Annual report on the Civil Veterinary Department, Burma (including the Insein Veterinary School) - 1923-1931
Year: 1923
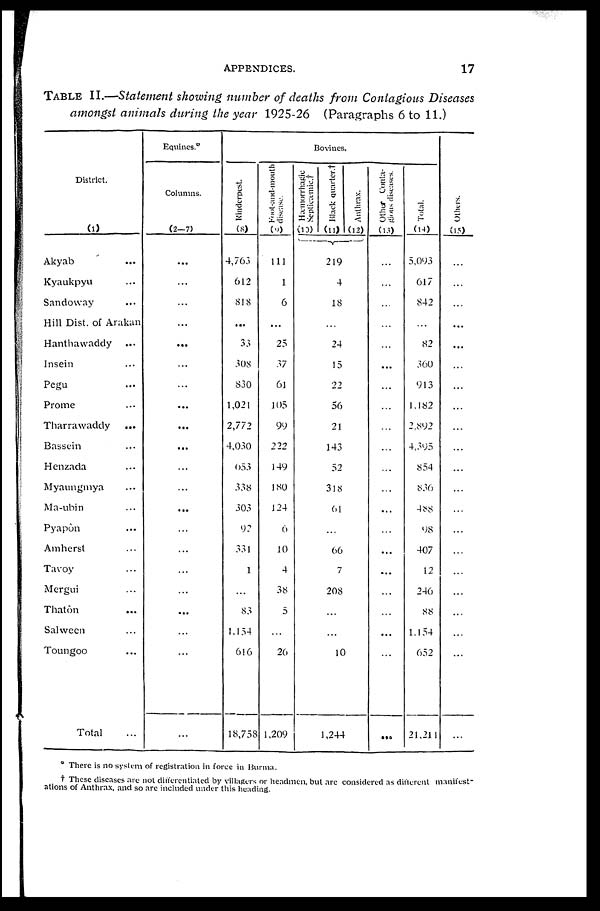
APPENDICES.
17
TABLE II.—Statement showing number of deaths from Contagious Diseases
amongst animals during the year 1925-26 (Paragraphs 6 to 11.)
District.
(1)
Akyab ...
Kyaukpyu ...
Sandoway ...
Hill Dist. of Arakan
Hanthawaddy ...
Insein ...
Pegu ...
Prome ...
Tharrawaddy
...
Bassein ...
Henzada ...
Myaungmya ...
Ma-ubin ...
Pyapôn ...
Amherst ...
Tavoy ...
Mergui ...
Thatôn ...
Salween ...
Toungoo ...
Total ...
Equines.
Columns.
(2—7)
...
...
...
...
...
...
...
...
...
...
...
...
...
...
...
...
...
...
...
...
...
Bovines.
Rinderpest.
(8)
4,763
612
818
...
33
308
830
1,021
2,772
4,030
653
338
303
92
331
1
...
83
1,154
616
18,758
disease.
(9)
111
1
6
...
25
37
61
105
99
222
149
180
124
6
10
4
38
5
...
26
1,209
Hæmorrhagic
Septicæmic.†
(10)
Black quarter.†
(11)
219
4
18
...
24
15
22
56
21
143
52
318
61
...
66
7
208
...
...
10
1,244
Anthrax.
(12)
Other Conta-
gious diseases.
(13)
...
...
...
...
...
...
...
...
...
...
...
...
...
...
...
...
...
...
...
...
...
Total.
(14)
5,093
617
842
...
82
360
913
1,182
2,892
4,395
854
836
488
98
407
12
246
88
1,154
652
21,211
Others.
(13)
...
...
...
...
...
...
...
...
...
...
...
...
...
...
...
...
...
...
...
...
...
* There is no system of registration in force in Burnia.
† These diseases are not differentiated by villagers or headmen, but are considered as different manifest-
ations of Anthrax, and so are included under this heading.